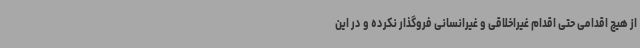
از هیچ اقدامی حتی اقدام غیراخلاقی و غیرانسانی فروگذار نکرده و در این